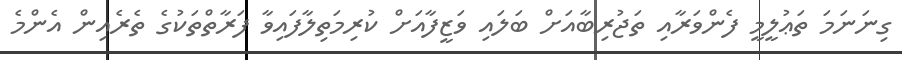
ގިނަނަމަ ތަޢުލީމީ ފެންވަރާއި ތަޖުރިބާއަށް ބަލައި ވަޒީފާއަށް ކުރިމަތިލާފައިވާ ފަރާތްތަކުގެ ތެރެއިން އެންމެ